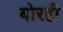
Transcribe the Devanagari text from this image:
बोरही